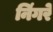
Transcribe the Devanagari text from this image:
निंगरे